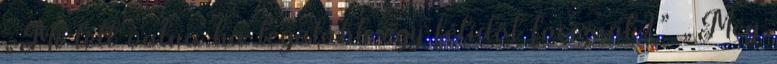
„Mi lett volna ha legalább egy félidőt focizunk?” „Meg